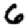
Digit: 6